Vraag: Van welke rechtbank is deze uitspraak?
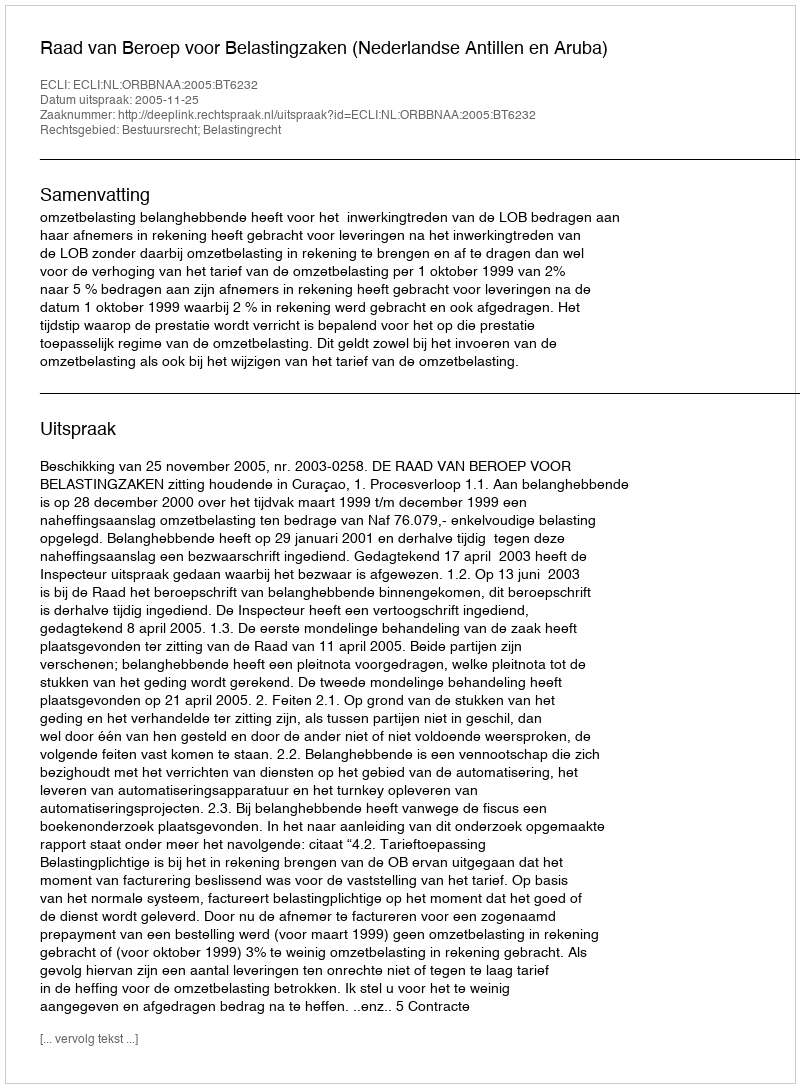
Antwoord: Raad van Beroep voor Belastingzaken (Nederlandse Antillen en Aruba)